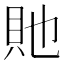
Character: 貤